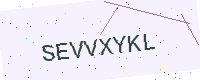
Text: SEVVXYKL